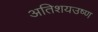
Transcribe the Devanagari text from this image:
अतिशयउष्ण